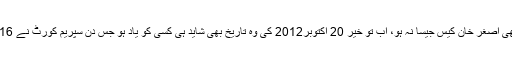
یہ ضرور ہے کہ اس مقدمے کی تحقیقات کا حشر بھی اصغر خان کیس جیسا نہ ہو، اب تو خیر 20 اکتوبر2012 کی وہ تاریخ بھی شاید ہی کسی کو یاد ہو جس دن سپریم کورٹ نے 16 برس پرانے مقدمے پر بڑا فیصلہ صادر فرمایا تھا۔